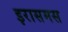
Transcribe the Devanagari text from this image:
इरासमस